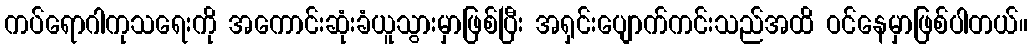
ကပ်ရောဂါကုသရေးကို အကောင်းဆုံးခံယူသွားမှာဖြစ်ပြီး အရှင်းပျောက်ကင်းသည်အထိ ဝင်နေမှာဖြစ်ပါတယ်။